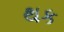
થક